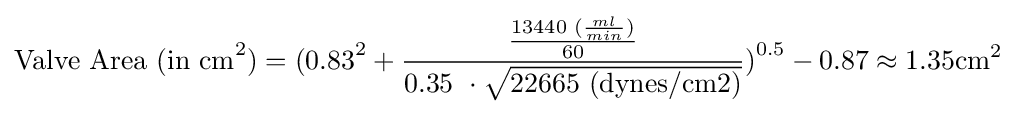
{\text{Valve Area (in cm}}^{2}{\text{)}}={\text{(0.83}}^{2}+{\frac {\frac {{\text{13440 (}}{\frac {ml}{min}})}{\text{60}}}{{\text{0.35 }}\cdot {\sqrt {\text{22665 (dynes/cm2)}}}}}{\text{)}}^{\text{0.5}}-{\text{0.87}}\approx 1.35{\text{cm}}^{2}